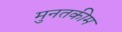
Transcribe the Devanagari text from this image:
मुनतकीम